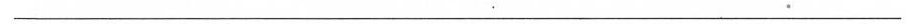
___